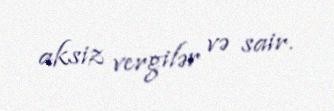
aksiz vergilər və sair.